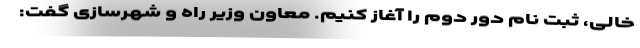
خالی، ثبت نام دور دوم را آغاز کنیم. معاون وزیر راه و شهرسازی گفت: